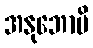
အနုဘောမိ